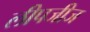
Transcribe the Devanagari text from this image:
लीपजीज